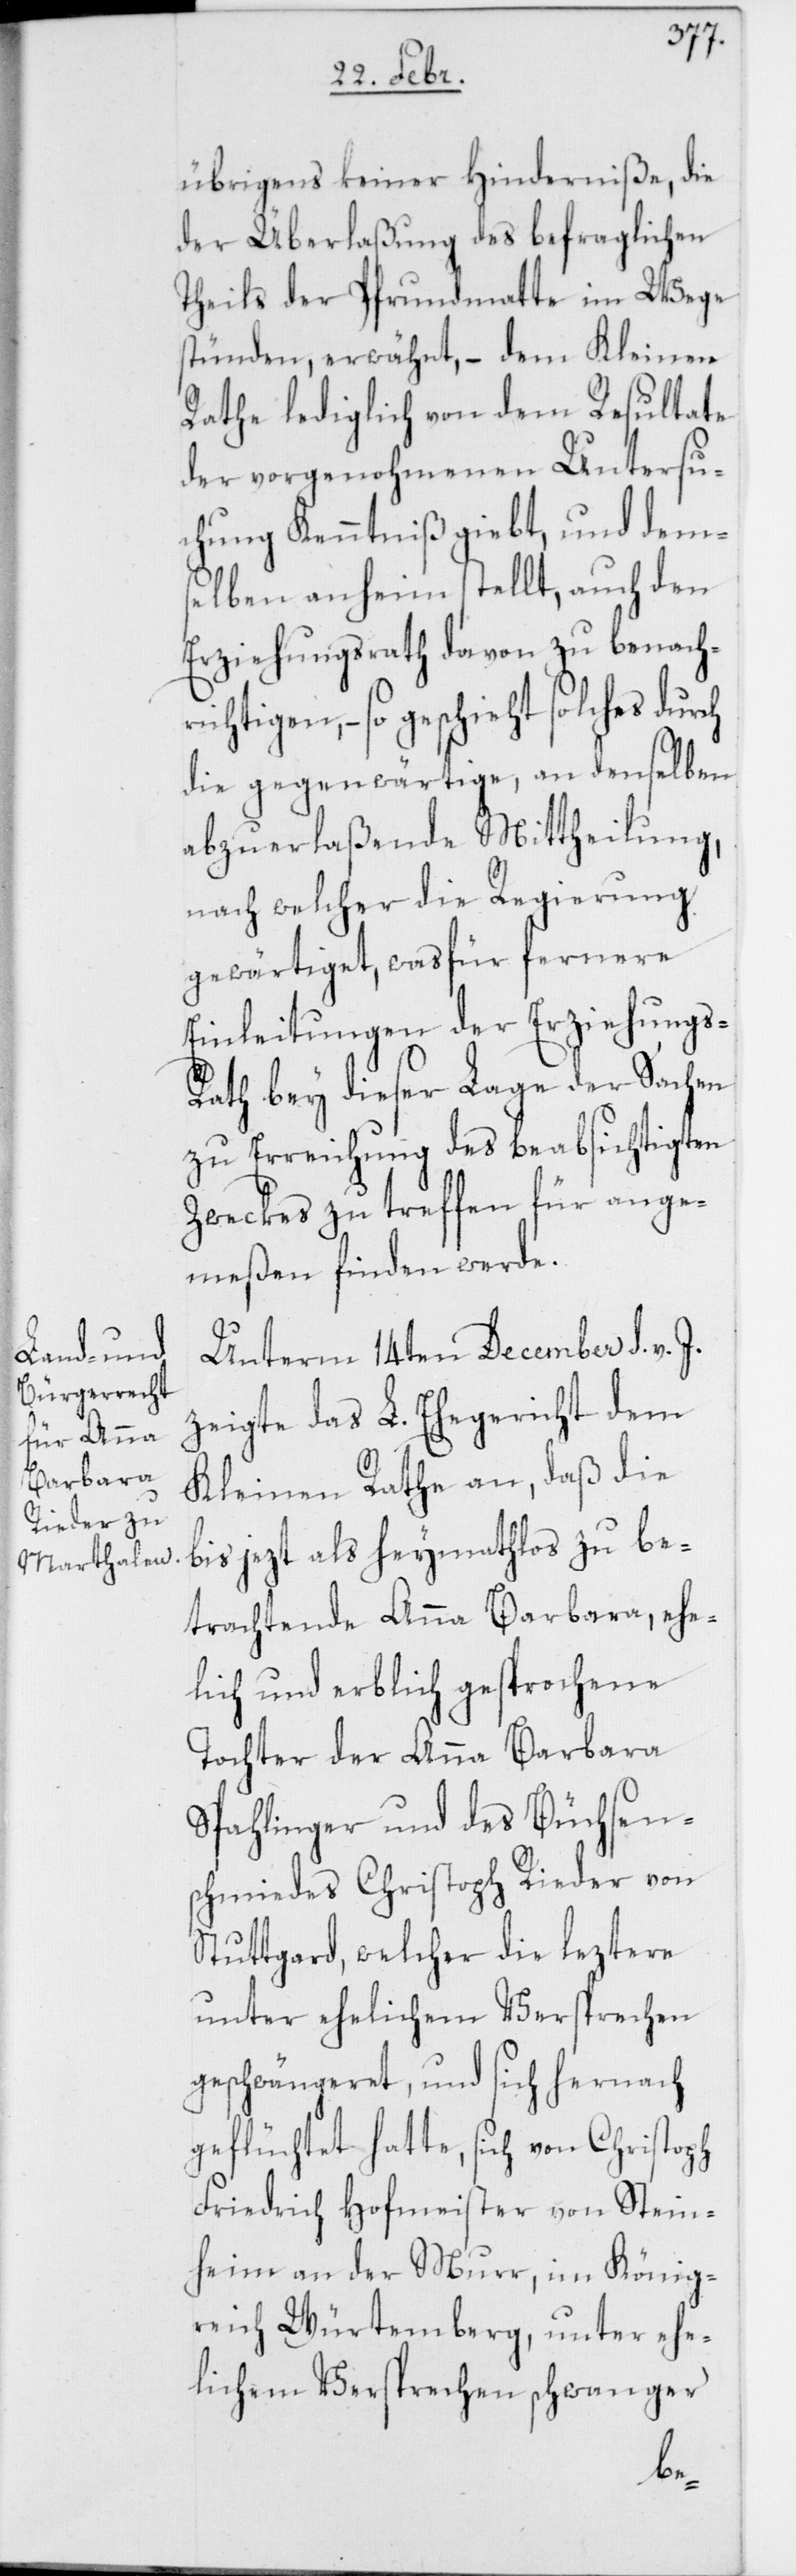
übrigens keiner Hinderniße, die
der Überlaßung des befraglichen
Theils der Pfrundmatte im Wege
stünden, erwähnt, – dem Kleinen
Rathe lediglich von dem Resultate
der vorgenohmenen Untersu¬
chung Kenntniß giebt, und dem¬
selben anheim stellt, auch den
Erziehungsrath davon zu benachr¬
ichtigen, – so geschieht solches
die gegenwärtige, an denselben
abzuerlaßende Mittheilung,
nach welcher die Regierung
gewärtiget, was für fernere
Einleitungen der Erziehungs-R¬
ath bey dieser Lage der Sachen
zu Erreichung des beabsichtigten
Zweckes zu treffen für ange¬
meßen finden werde.
Unterm 14ten December d. v.
zeigte das L. Ehegericht dem
Kleinen Rathe an, daß die
bis jezt als heymathlos zu be¬
trachtende Anna Barbara, ehe¬
lich und erblich gesprochene
Tochter der Anna Barbara
Spahlinger und des Büchsen¬
schmiedes Christoph Rieder von
Stuttgard, welcher die leztere
unter ehelichem Versprechen
geschwängeret, und sich hernach
geflüchtet hatte, und sich
Friedrich Hofmeister von Stein¬
heim an der Murr, im König¬
reich Würtemberg, unter ehe¬
lichem Versprechen schwanger